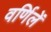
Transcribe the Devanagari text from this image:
वर्णिलें